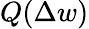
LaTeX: Q(\Delta w)